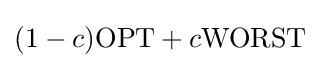
(1-c)\mathrm {OPT} +c\mathrm {WORST}